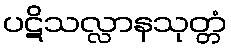
ပဋိသလ္လာနသုတ္တံ